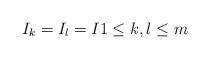
LaTeX: \begin{align*}I_{k}=I_{l}=I 1\leq k,l\leq m\end{align*}